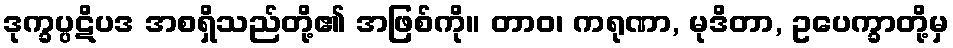
ဒုက္ခပ္ပဋိပဒ အစရှိသည်တို့၏ အဖြစ်ကို။ တာဝ၊ ကရုဏာ, မုဒိတာ, ဥပေက္ခာတို့မှ